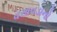
વસાવડાનો